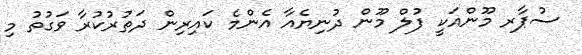
ސުޕާރ މޫންއަކީ ފުލް މޫން ދުނިޔެއާ އެންމެ ކައިރިން ދަތުރުކުރާ ވަގުތު މި